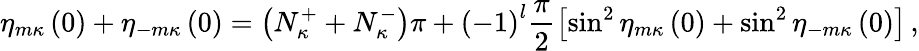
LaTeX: \eta_{m\kappa}\left(0\right)+\eta_{-m\kappa}\left(0\right)=\left(N_{\kappa}^{+}+N_{\kappa}^{-}\right)\pi+\left(-1\right)^{l}\frac{\pi}{2}\left[\sin^{2}\eta_{m\kappa}\left(0\right)+\sin^{2}\eta_{-m\kappa}\left(0\right)\right]\, ,